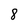
Character: 8